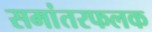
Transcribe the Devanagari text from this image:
समांतरफलक